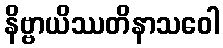
နိဗ္ဗာယိဿတိနာသဝေါ